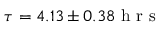
\tau = 4 . 1 3 \pm 0 . 3 8 \mathrm { ~ h ~ r ~ s ~ }